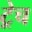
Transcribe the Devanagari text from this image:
ट्रेच